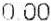
0.00